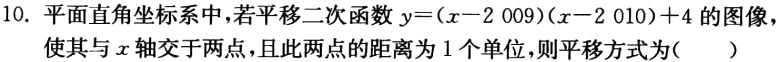
10. 平面直角坐标系中，若平移二次函数\(y=(x - 2009)(x - 2010)+4\)的图像，使其与\(x\)轴交于两点，且此两点的距离为\(1\)个单位，则平移方式为( )